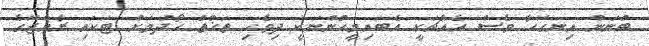
ބުނަން އިނގޭހާ ވެސް އެއްޗަކީ އެބައިމީހުންނަކީ ދިވެހި ތަޚްތު ހޯދުމަށް ޓަކައި ރާއްޖޭގެ